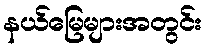
နယ်မြေများအတွင်း